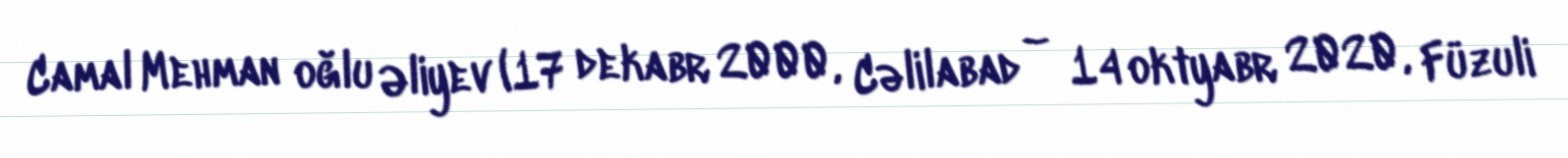
Camal Mehman oğlu Əliyev (17 dekabr 2000, Cəlilabad – 14 oktyabr 2020, Füzuli